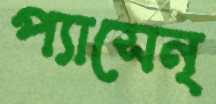
প্যাসেন্